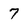
Character: 7